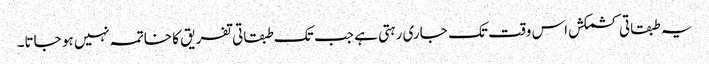
یہ طبقاتی کشمکش اس وقت تک جاری رہتی ہے جب تک طبقاتی تفریق کا خاتمہ نہیں ہو جاتا۔